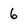
Character: 6